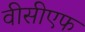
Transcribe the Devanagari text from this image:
वीसीएफ